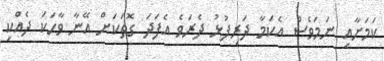
ކަމަށާއި ނަމަވެސް އެކަމާ ދަރިފުޅު ދެރަވެ އެފަދަ ގޮތަކަށް އޭނާ ވާހަކަ ދެއްކި